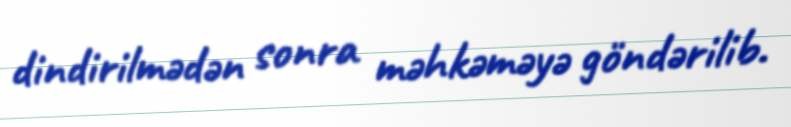
dindirilmədən sonra məhkəməyə göndərilib.